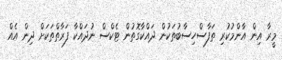
މީރާ އިން އާންމުކުރި ތަފާސްހިސާބުތަކުން ދައްކާގޮތުން ޓެކްސް ނުދައްކާ ފަރާތްތަކަށް ދިން އެއް